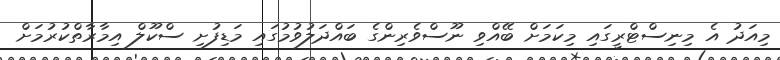
މިއަދު އެ މިނިސްޓްރީގައި މިކަމަށް ބޭއްވި ނޫސްވެރިންގެ ބައްދަލުވުމުގައި މަޑިފުށި ސްކޫލް އިމާރާތްކުރުމަށް